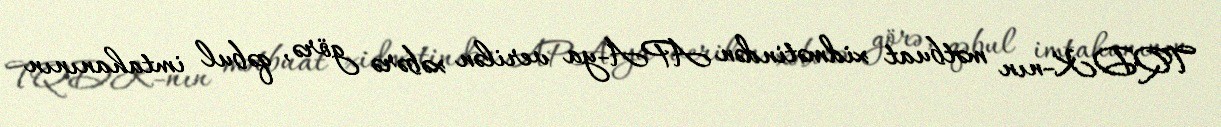
TQDK-nın mətbuat xidmətindən APA-ya verilən xəbərə görə, qəbul imtahanının